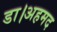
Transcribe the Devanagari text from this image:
डा।अहमद